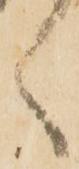
候